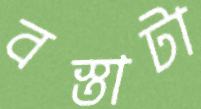
বস্তাটা